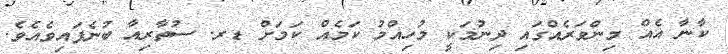
ކާނާ އެއް މިންވަރެއްގައި ދިނުމަކީ މުހިއްމު ކަމެއް ކަމަށް ޑރ. ސުތާރިއާ ބުނެފައިވެއެވެ.